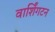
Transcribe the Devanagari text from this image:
वार्शिंगटन